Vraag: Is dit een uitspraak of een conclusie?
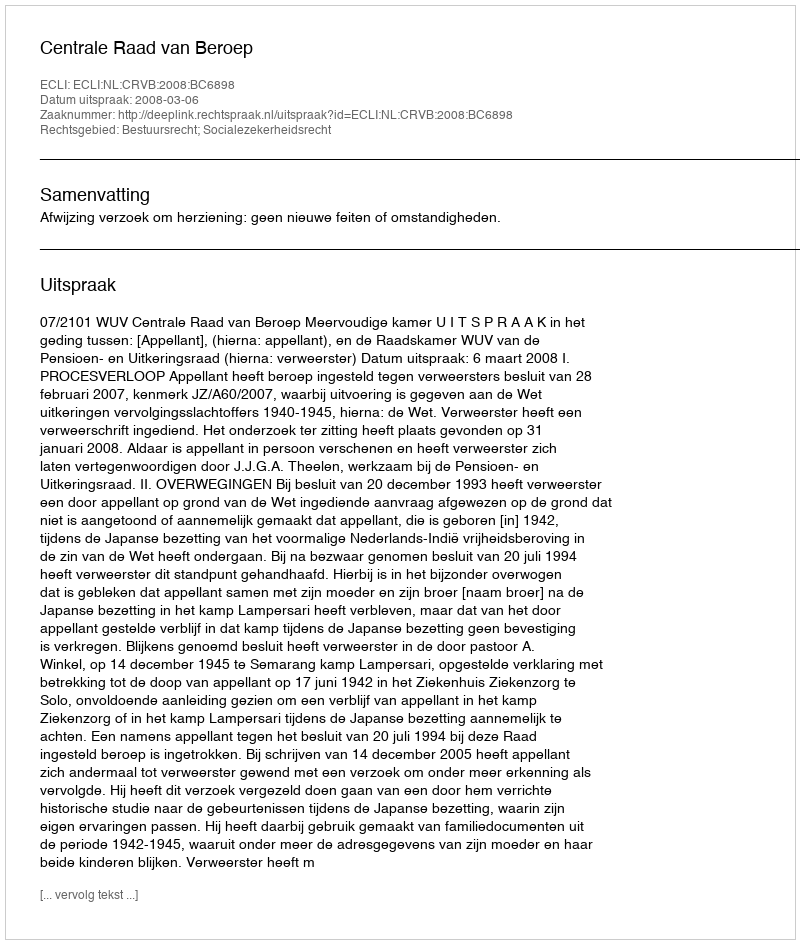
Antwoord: Uitspraak